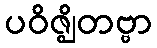
ပဝိဇ္ဈိတဗ္ဗာ